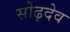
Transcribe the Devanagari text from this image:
सोढ़देव